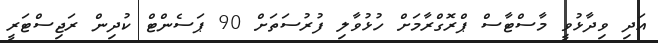
އަދި ވިދާޅުވީ މާސްޓާސް ޕްރޮގްރާމަށް ހުޅުވާލި ފުރުސަތަށް 90 ޕަސެންޓް ކުދިން ރަޖިސްޓަރީ